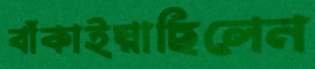
বাঁকাইয়াছিলেন